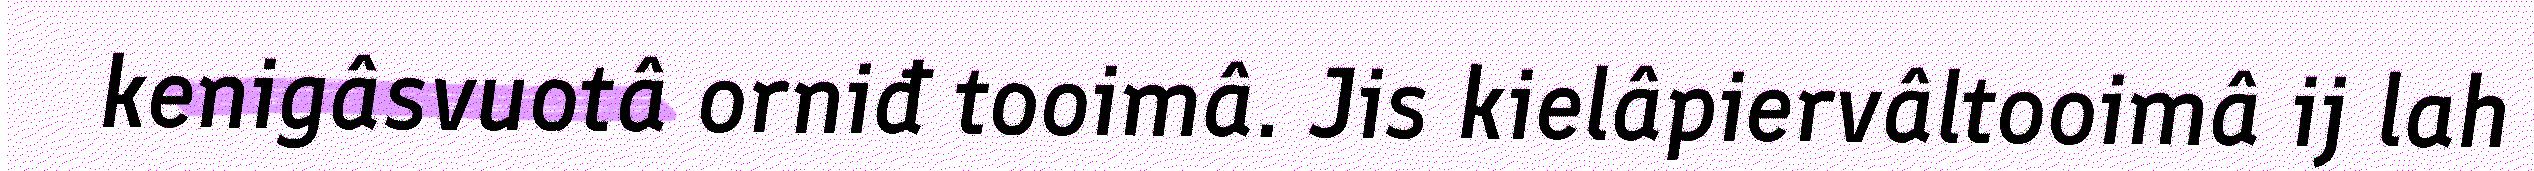
kenigâsvuotâ orniđ tooimâ. Jis kielâpiervâltooimâ ij lah